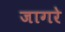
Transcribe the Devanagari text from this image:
जागरे